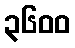
၃၆၀၀